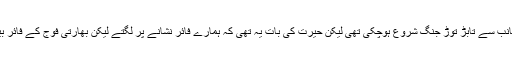
اب دونوں جانب سے تابڑ توڑ جنگ شروع ہوچکی تھی لیکن حیرت کی بات یہ تھی کہ ہمارے فائر نشانے پر لگتے لیکن بھارتی فوج کے فائر بیکار جاتے ۔